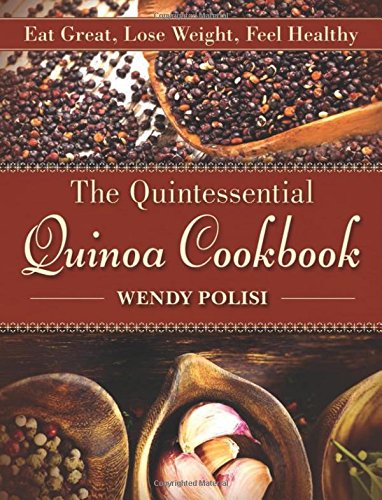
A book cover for The Quintessential Quinoa Cookbook: Eat Great, Lose Weight, Feel Healthy; Wendy Polisi; Cookbooks, Food & Wine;